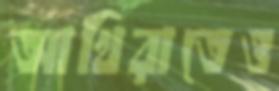
আখিরাতেও